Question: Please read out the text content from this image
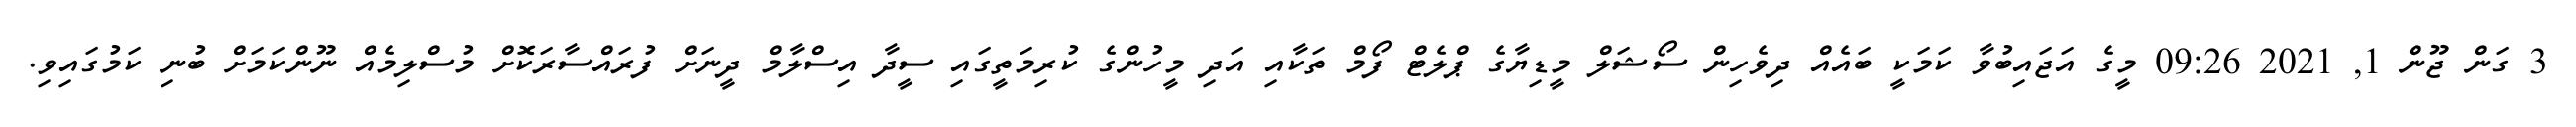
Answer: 3 ގަން ޖޫން 1, 2021 09:26 މީގެ އަޖައިބުވާ ކަމަކީ ބައެއް ދިވެހިން ސޯޝަލް މީޑިޔާގެ ޕްލެޓް ފޯމް ތަކާއި އަދި މީހުންގެ ކުރިމަތީގައި ސީދާ އިސްލާމް ދީނަށް ފުރައްސާރަކޮށް މުސްލިމެއް ނޫންކަމަށް ބުނި ކަމުގައިވި.